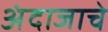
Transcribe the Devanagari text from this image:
अंदाजाचे